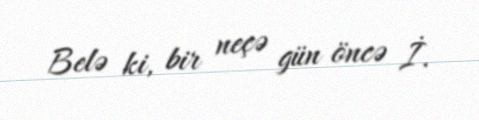
Belə ki, bir neçə gün öncə İ.